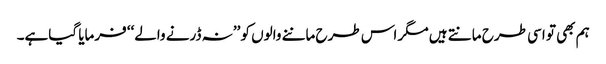
ہم بھی تو اسی طرح مانتے ہیں مگر اس طرح ماننے والوں کو ’’نہ ڈرنے والے‘‘ فرمایا گیاہے۔